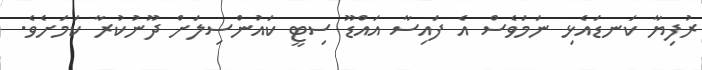
ރުފިޔާ ކަނޑައެޅި ނަމަވެސް އެ ފައިސާ އައްޑޫ ސިޓީ ކައުންސިލަށް ދޫނުކުރާ ކަމަށެވެ.